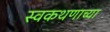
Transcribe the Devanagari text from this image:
स्वकथणाच्या